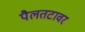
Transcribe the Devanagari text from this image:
पैलतटावर